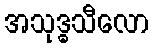
အသုဒ္ဓသီလော